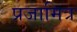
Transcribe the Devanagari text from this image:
प्रजामित्र